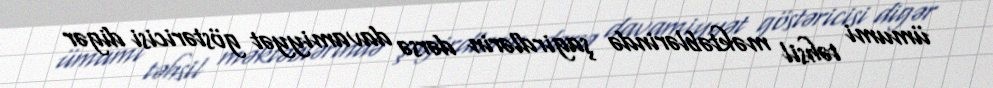
ümumi təhsil məktəblərində şagirdlərin dərsə davamiyyət göstəricisi digər